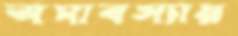
অমাবস্যায়